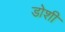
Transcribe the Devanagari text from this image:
डोशी